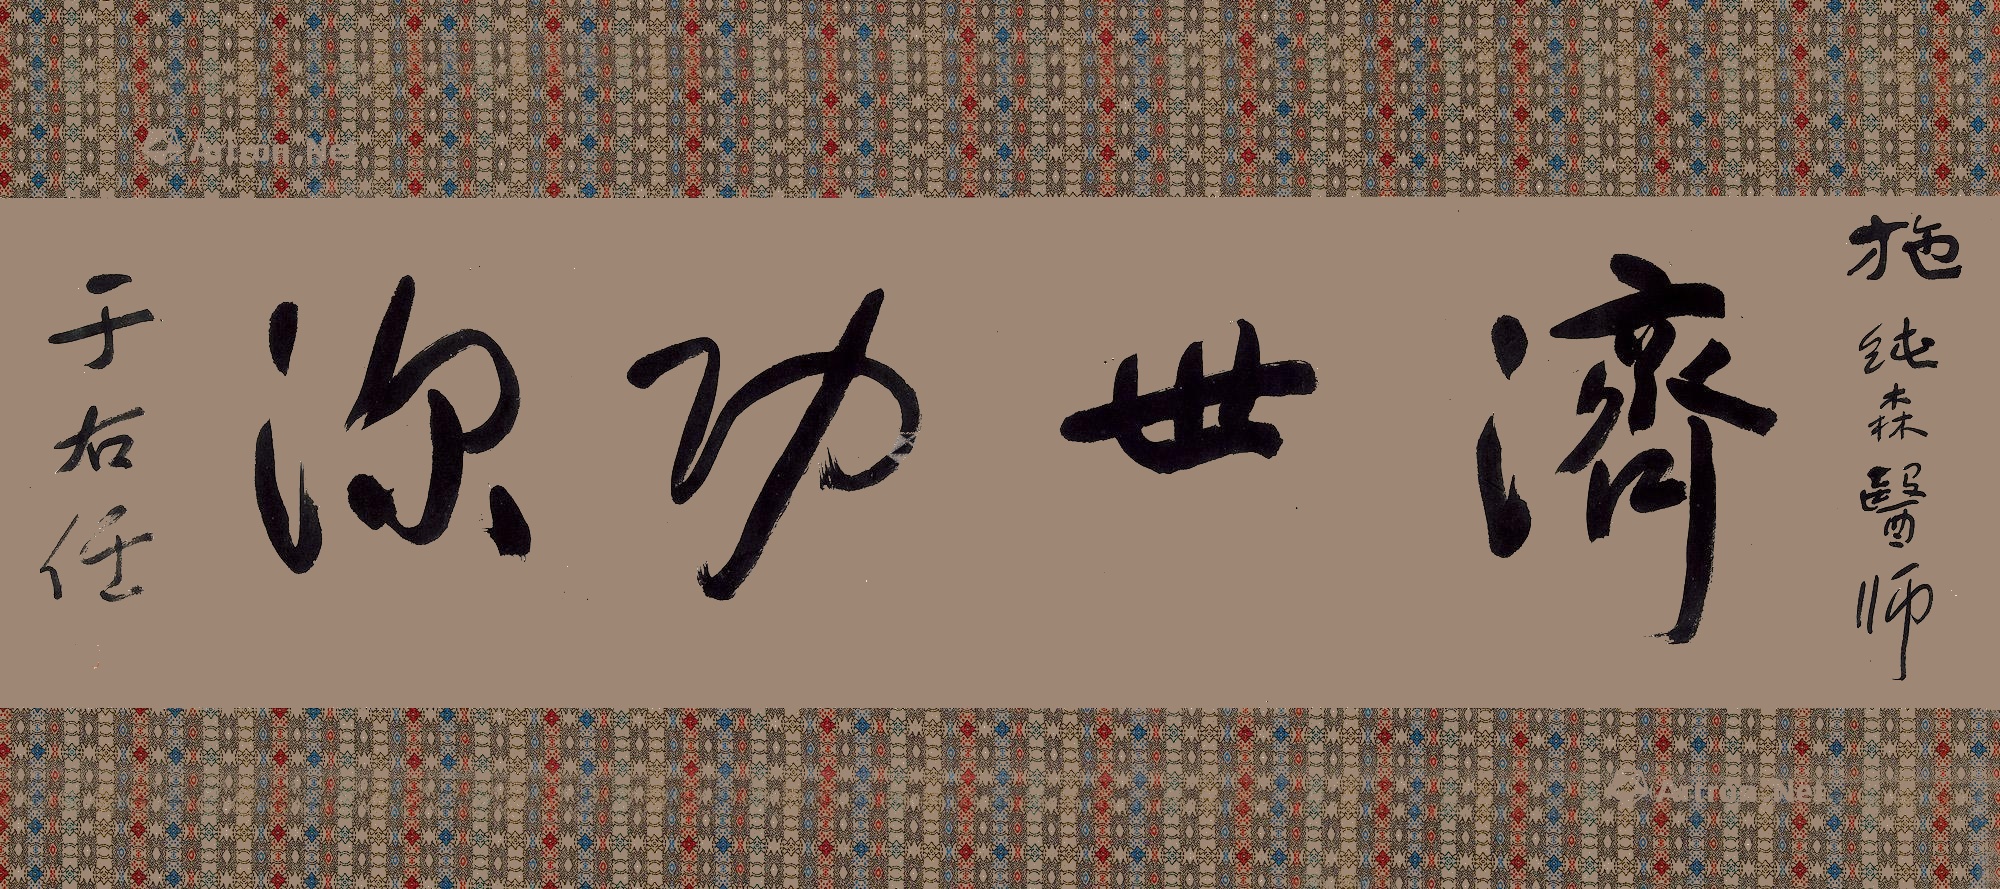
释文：济世功深。施纯森医师，于右任。